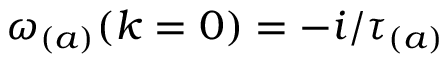
\omega _ { ( a ) } ( k = 0 ) = - i / \tau _ { ( a ) }